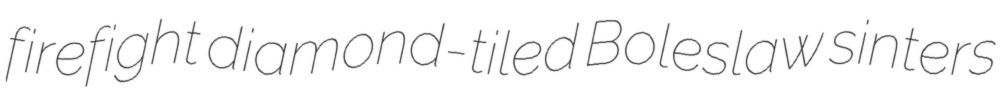
firefight diamond-tiled Boleslaw sinters